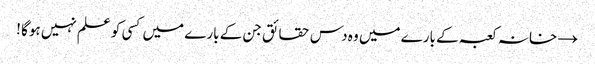
→ خانہ کعبہ کے بارے میں وہ دس حقائق جن کے بارے میں کسی کو علم نہیں ہوگا !